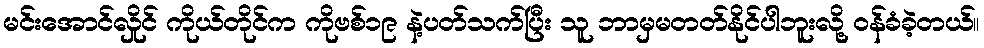
မင်းအောင်လှိုင် ကိုယ်တိုင်က ကိုဗစ်၁၉ နဲ့ပတ်သက်ပြီး သူ ဘာမှမတတ်နိုင်ပါဘူးလို့ ဝန်ခံခဲ့တယ်။